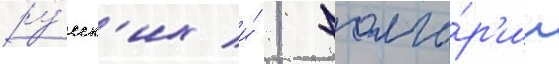
ру́сск'их и́ 1 болга́р'ин